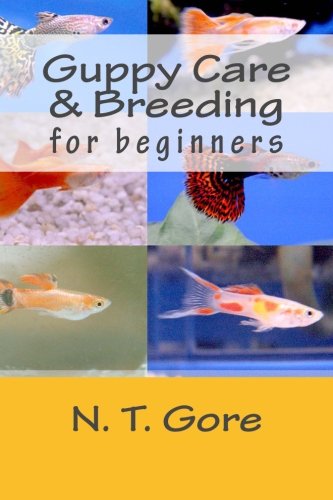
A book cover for Guppy Care & Breeding for Beginners; N. T. Gore; Crafts, Hobbies & Home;